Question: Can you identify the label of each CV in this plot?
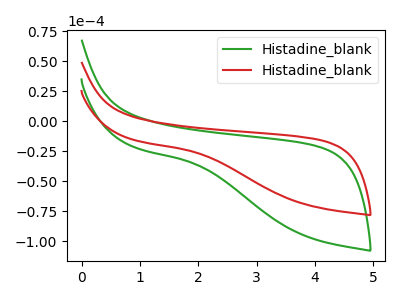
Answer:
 <answer>The green curve is labeled "Histadine_blank1". The red curve is labeled "Histadine_blank2".</answer>
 <eval></eval>